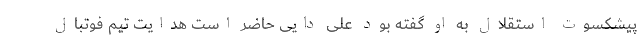
پیشکسوت استقلال به او گفته بود علی دایی حاضر است هدایت تیم فوتبال